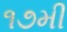
૧૭મી